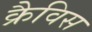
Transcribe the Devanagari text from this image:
क्रैविस